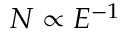
N \propto E ^ { - 1 }